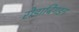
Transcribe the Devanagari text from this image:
रोडाबिगडन